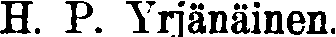
H. P. Yrjänäinen.